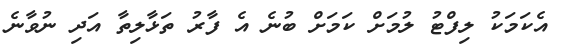
އެކަމަކު ލިފްޓު ލުމަށް ކަމަށް ބުނެ އެ ފާރު ތަޅާލިތާ އަދި ނުވާނެ